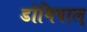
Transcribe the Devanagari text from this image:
डोगिपाल्